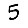
Digit: 5